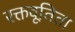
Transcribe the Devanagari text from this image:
रक्तवूतिता